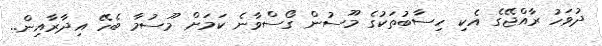
ދުވަހު ރާއްޖޭގެ އެކި ހިސާބުތަކުގެ މޫސުން ގޯސްވާނެ ކަމަށް މޫސުމާ ބެހޭ އިދާރާއިން..